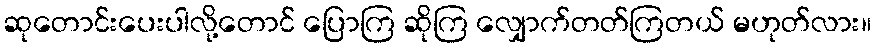
ဆုတောင်းပေးပါလို့တောင် ပြောကြ ဆိုကြ လျှောက်တတ်ကြတယ် မဟုတ်လား။